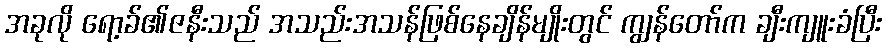
အခုလို ရော့ခ်၏ဇနီးသည် အသည်းအသန်ဖြစ်နေချိန်မျိုးတွင် ကျွန်တော်က ချီးကျူးခံပြီး